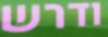
ודרש